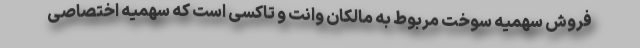
فروش سهمیه سوخت مربوط به مالکان وانت و تاکسی است که سهمیه اختصاصی